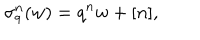
\sigma _ { q } ^ { n } ( w ) = q ^ { n } w + [ n ] ,